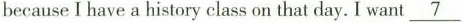
because I have a history class on that day. I want \underline {7}